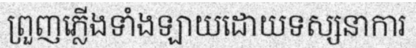
ព្រួញភ្លើងទាំងឡាយដោយទស្សនាការ